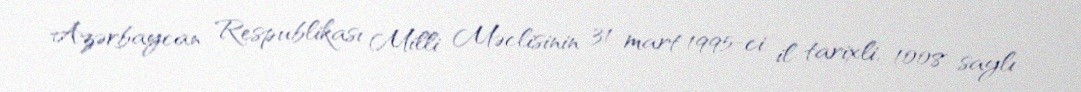
Azərbaycan Respublikası Milli Məclisinin 31 mart 1995-ci il tarixli, 1008 saylı